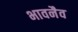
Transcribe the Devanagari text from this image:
भावनैव